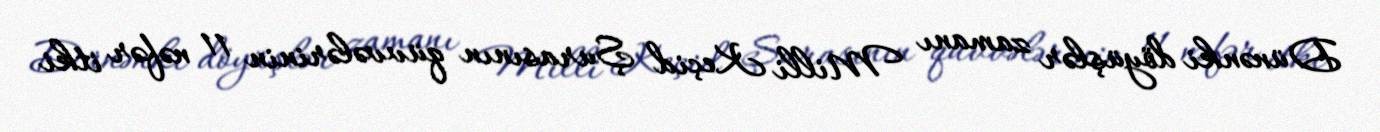
Dünənki döyüşlər zamanı Milli Keçid Şurasının qüvvələrinin 11 nəfər itki